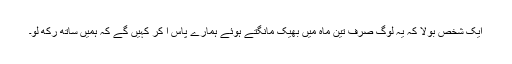
ایک شخص بولا کہ یہ لوگ صرف تین ماہ میں بھیک مانگتے ہوئے ہمارے پاس آ کر کہیں گے کہ ہمیں ساتھ رکھ لو۔